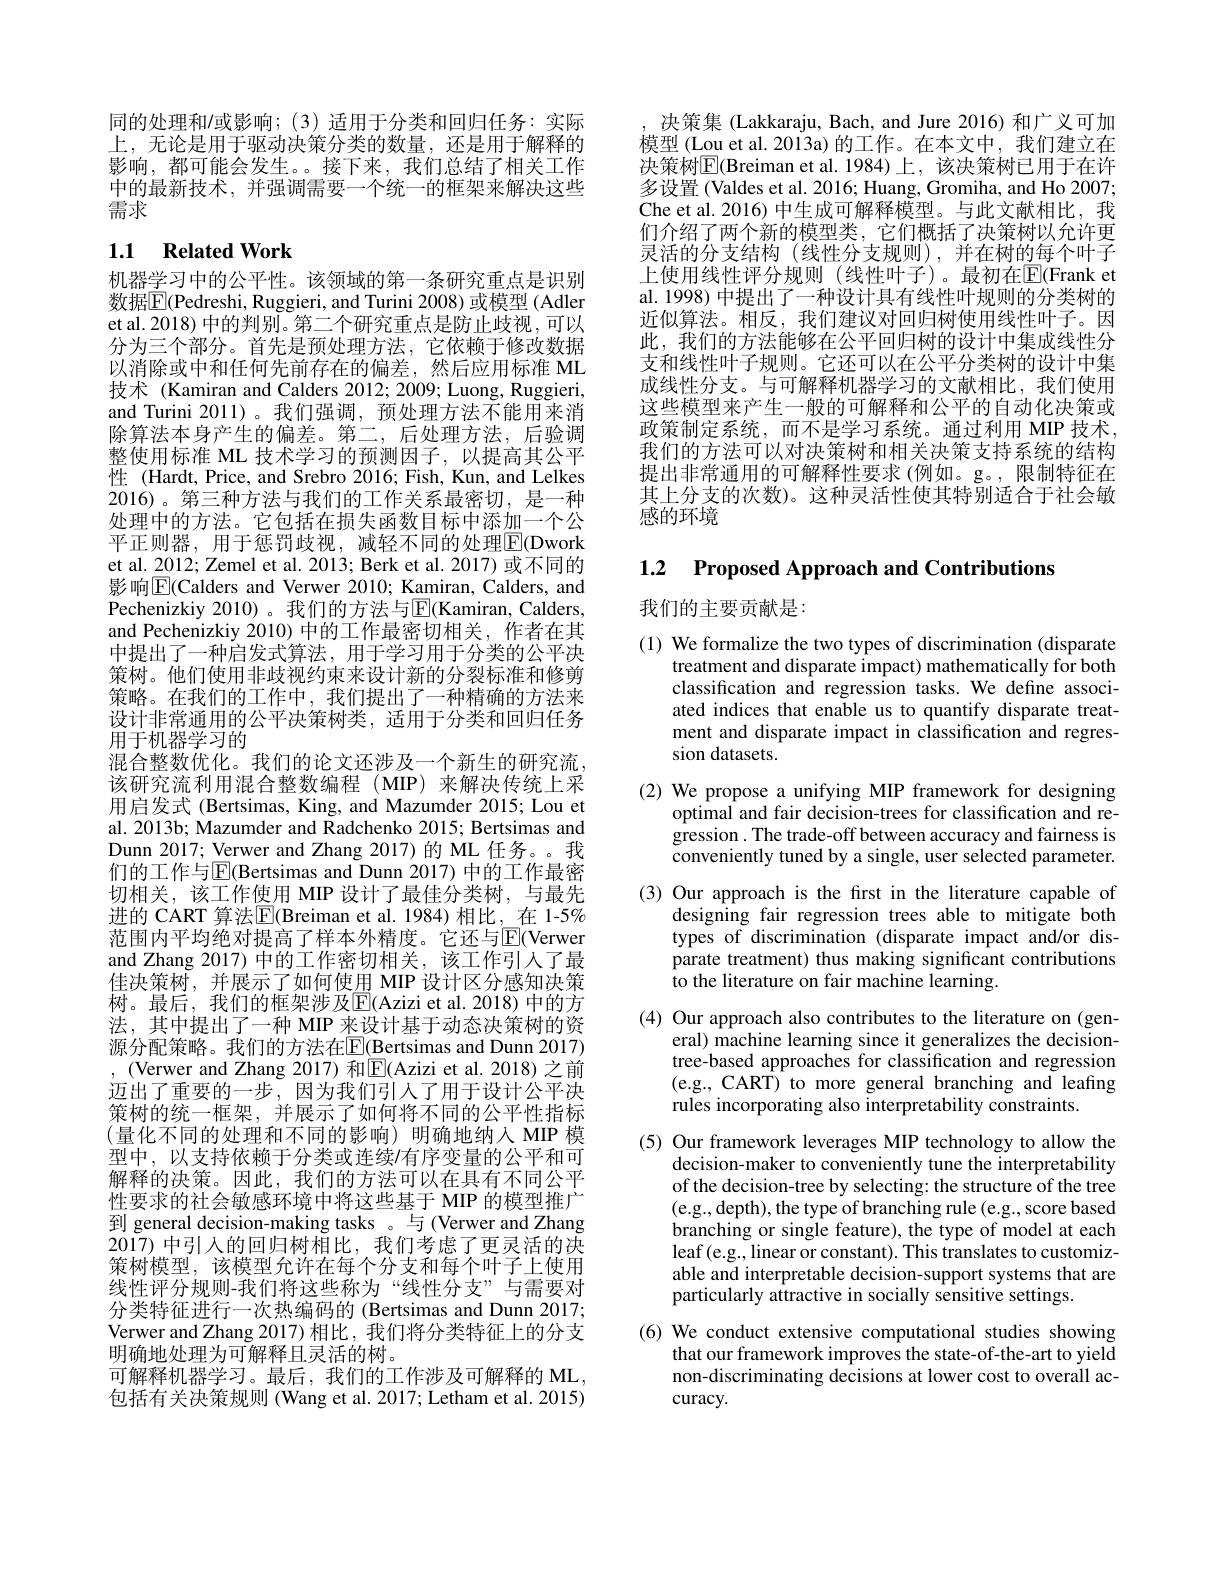
同的处理和/或影响；(3)适用于分类和回归任务：实际上，无论是用于驱动决策分类的数量，还是用于解释的影响，都可能会发生。。接下来，我们总结了相关工作中的最新技术，并强调需要一个统一的框架来解决这些需求

## 1.1 Related Work

机器学习中的公平性。该领域的第一条研究重点是识别数据$\boxed{\mathrm{F}}($Pedreshi, Ruggieri, and Turini 2008) 或模型 (Adler et al. 2018) 中的判别。第二个研究重点是防止歧视，可以分为三个部分。首先是预处理方法，它依赖于修改数据以消除或中和任何先前存在的偏差，然后应用标准 ML 技术 (Kamiran and Calders 2012; 2009; Luong, Ruggieri, and Turini 2011) 。我们强调，预处理方法不能用来消除算法本身产生的偏差。第二，后处理方法，后验调整使用标准 ML 技术学习的预测因子，以提高其公平性 (Hardt, Price, and Srebro 2016; Fish, Kun, and Lelkes 2016)。第三种方法与我们的工作关系最密切，是一种处理中的方法。它包括在损失函数目标中添加一个公平正则器，用于惩罚歧视，减轻不同的处理$\boxed{\mathrm{F}}($Dwork et al. 2012; Zemel et al. 2013; Berk et al. 2017) 或不同的影响$\boxed{\mathrm{E}}($Calders and Verwer 2010; Kamiran, Calders, and Pechenizkiy 2010)。我们的方法与$\mathbb{E}($Kamiran, Calders, and Pechenizkiy 2010) 中的工作最密切相关，作者在其中提出了一种启发式算法，用于学习用于分类的公平决策树。他们使用非歧视约束来设计新的分裂标准和修剪策略。在我们的工作中，我们提出了一种精确的方法来设计非常通用的公平决策树类，适用于分类和回归任务用于机器学习的
混合整数优化。我们的论文还涉及一个新生的研究流该研究流利用混合整数编程(MIP)来解决传统上采用启发式 (Bertsimas, King, and Mazumder 2015; Lou et al. 2013b; Mazumder and Radchenko 2015; Bertsimas and Dunn 2017; Verwer and Zhang 2017)的 ML 任务。。我们的工作与$\overline{\mathrm{E}}($Bertsimas and Dunn 2017)中的工作最密切相关，该工作使用 MIP 设计了最佳分类树，与最先进的 CART 算法$\boxed{\mathrm{E}}($Breiman et al.1984)相比，在 1-5% 范围内平均绝对提高了样本外精度。它还与$\mathbb{E}($Verwer and Zhang 2017) 中的工作密切相关，该工作引人了最佳决策树，并展示了如何使用 MIP 设计区分感知决策树。最后，我们的框架涉及E(Azizi et al.2018)中的方法，其中提出了一种 MIP 来设计基于动态决策树的资源分配策略。我们的方法在$\overline{\mathbb{E}}(\underline{\text{Bertsimas and Dunn 2017)}}$ , (Verwer and Zhang 2017) 和$\boxed{\mathrm{E}}($Azizi et al.2018)之前迈出了重要的一步，因为我们引入了用于设计公平决策树的统一框架，并展示了如何将不同的公平性指标(量化不同的处理和不同的影响)明确地纳入 MIP 模型中，以支持依赖于分类或连续/有序变量的公平和可解释的决策。因此，我们的方法可以在具有不同公平性要求的社会敏感环境中将这些基于 MIP 的模型推广到 general decision-making tasks 。与 (Verwer and Zhang 2017)中引入的回归树相比，我们考虑了更灵活的决策树模型，该模型允许在每个分支和每个叶子上使用线性评分规则-我们将这些称为“线性分支”与需要对分类特征进行一次热编码的 (Bertsimas and Dunn 2017; Verwer and Zhang 2017) 相比，我们将分类特征上的分支明确地处理为可解释且灵活的树。
可解释机器学习。最后，我们的工作涉及可解释的 ML, 包括有关决策规则 (Wang et al. 2017; Letham et al. 2015)

决策集 (Lakkaraju, Bach, and Jure 2016) 和广义可加模型 (Lou et al. 2013a) 的工作。在本文中，我们建立在决策树$\mathbb{E}($Breiman et al.1984)上，该决策树已用于在许多设置 (Valdes et al. 2016; Huang, Gromiha, and Ho 2007; Che et al. 2016) 中生成可解释模型。与此文献相比，我们介绍了两个新的模型类，它们概括了决策树以允许更灵活的分支结构(线性分支规则),并在树的每个叶子上使用线性评分规则(线性叶子)。最初在$\mathbb{E}($Frank et al. 1998) 中提出了一种设计具有线性叶规则的分类树的近似算法。相反，我们建议对回归树使用线性叶子。因此，我们的方法能够在公平回归树的设计中集成线性分支和线性叶子规则。它还可以在公平分类树的设计中集成线性分支。与可解释机器学习的文献相比，我们使用这些模型来产生一般的可解释和公平的自动化决策或政策制定系统，而不是学习系统。通过利用 MIP 技术， 我们的方法可以对决策树和相关决策支持系统的结构提出非常通用的可解释性要求(例如。g。, 限制特征在其上分支的次数)。这种灵活性使其特别适合于社会敏感的环境

1.2 Proposed Approach and Contributions

我们的主要贡献是：

(1) We formalize the two types of discrimination (disparate
treatment and disparate impact) mathematically for both classification and regression tasks. We define associated indices that enable us to quantify disparate treatment and disparate impact in classification and regression datasets.

(2) We propose a unifying MIP framework for designing
optimal and fair decision-trees for classification and regression. The trade-off between accuracy and fairness is conveniently tuned by a single, user selected parameter.
(3) Our approach is the first in the literature capable of
designing fair regression trees able to mitigate both types of discrimination (disparate impact and/or disparate treatment) thus making significant contributions to the literature on fair machine learning.
(4) Our approach also contributes to the literature on (gen-
eral) machine learning since it generalizes the decisiontree-based approaches for classification and regression (e.g., CART) to more general branching and leafing rules incorporating also interpretability constraints.
(5) Our framework leverages MIP technology to allow the
decision-maker to conveniently tune the interpretability of the decision-tree by selecting: the structure of the tree (e.g.,depth), the type of branching rule (e.g., score based branching or single feature), the type of model at each leaf (e.g., linear or constant). This translates to customizable and interpretable decision-support systems that are particularly attractive in socially sensitive settings
(6) We conduct extensive computational studies showing
that our framework improves the state-of-the-art to yield non-discriminating decisions at lower cost to overall accuracy.